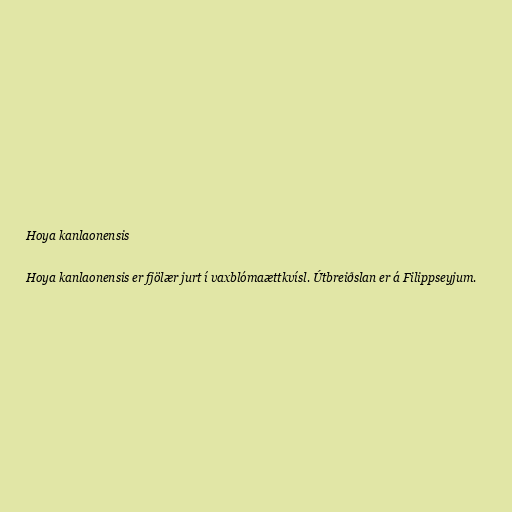
Hoya kanlaonensis

Hoya kanlaonensis er fjölær jurt í vaxblómaættkvísl. Útbreiðslan er á Filippseyjum.